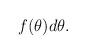
LaTeX: \begin{align*}f(\theta )d\theta . \end{align*}